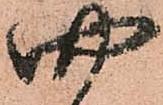
四